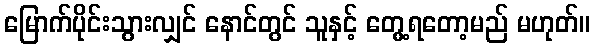
မြောက်ပိုင်းသွားလျှင် နောင်တွင် သူနှင့် တွေ့ရတော့မည် မဟုတ်။